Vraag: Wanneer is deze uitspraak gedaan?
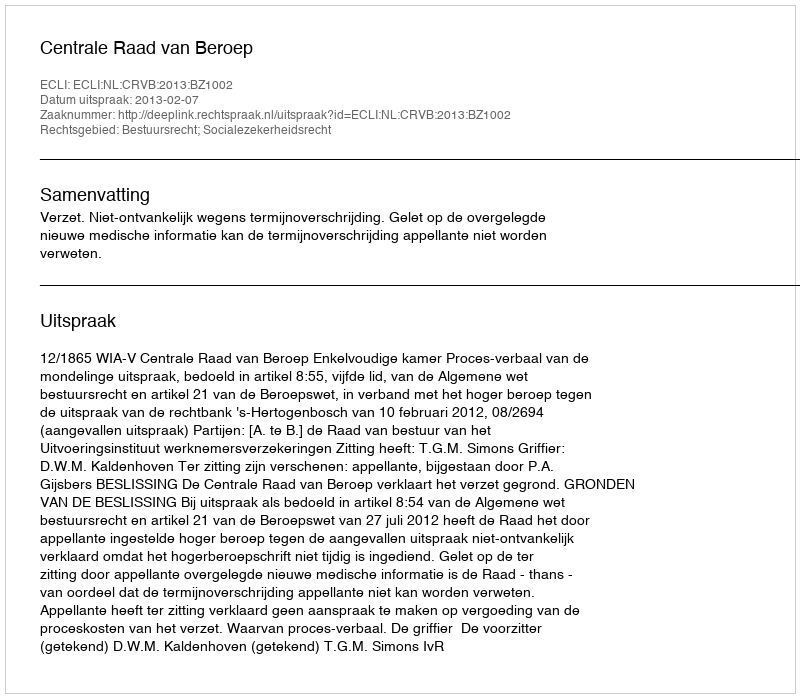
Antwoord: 2013-02-07